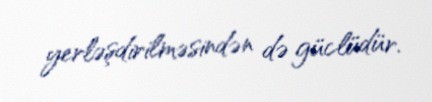
yerləşdirilməsindən də güclüdür.